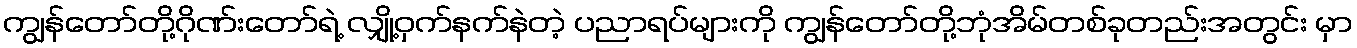
ကျွန်တော်တို့ဂိုဏ်းတော်ရဲ့ လျှို့ဝှက်နက်နဲတဲ့ ပညာရပ်များကို ကျွန်တော်တို့ဘုံအိမ်တစ်ခုတည်းအတွင်း မှာ